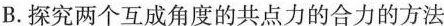
B.探究两个互成角度的共点力的合力的方法